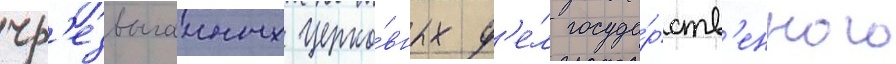
чр'езвычаиных церко́вных д'е́л госуда́рств'енного